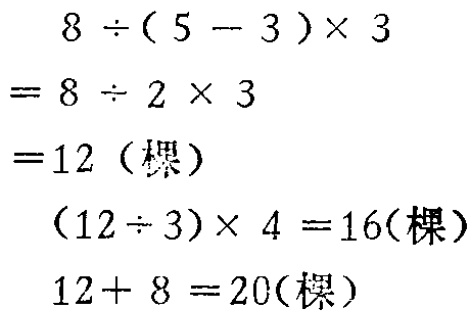
\[

\begin{align*}

&8\div(5 - 3)\times3\\

=&8\div2\times3\\

=&12(\text{棵})\\

&(12\div3)\times4 = 16(\text{棵})\\

&12 + 8 = 20(\text{棵})

\end{align*}

\]